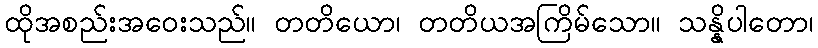
ထိုအစည်းအဝေးသည်။ တတိယော၊ တတိယအကြိမ်သော။ သန္နိပါတော၊